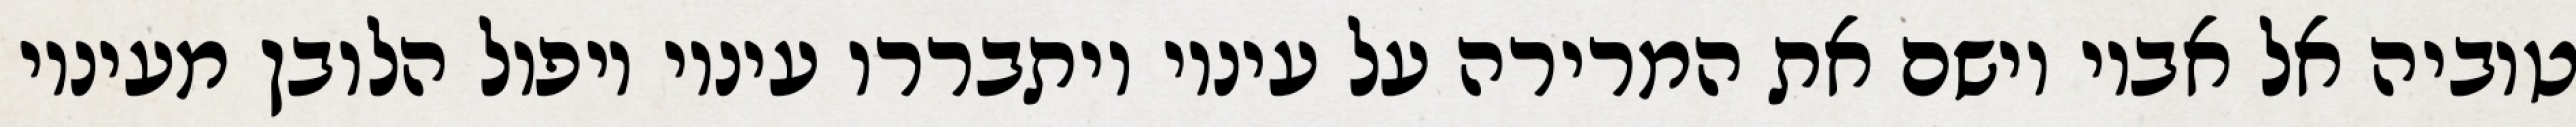
טוביה אל אביו וישם את המרירה על עיניו ויתבררו עיניו ויפול הלובן מעיניו